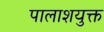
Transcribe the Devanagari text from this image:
पालाशयुक्त